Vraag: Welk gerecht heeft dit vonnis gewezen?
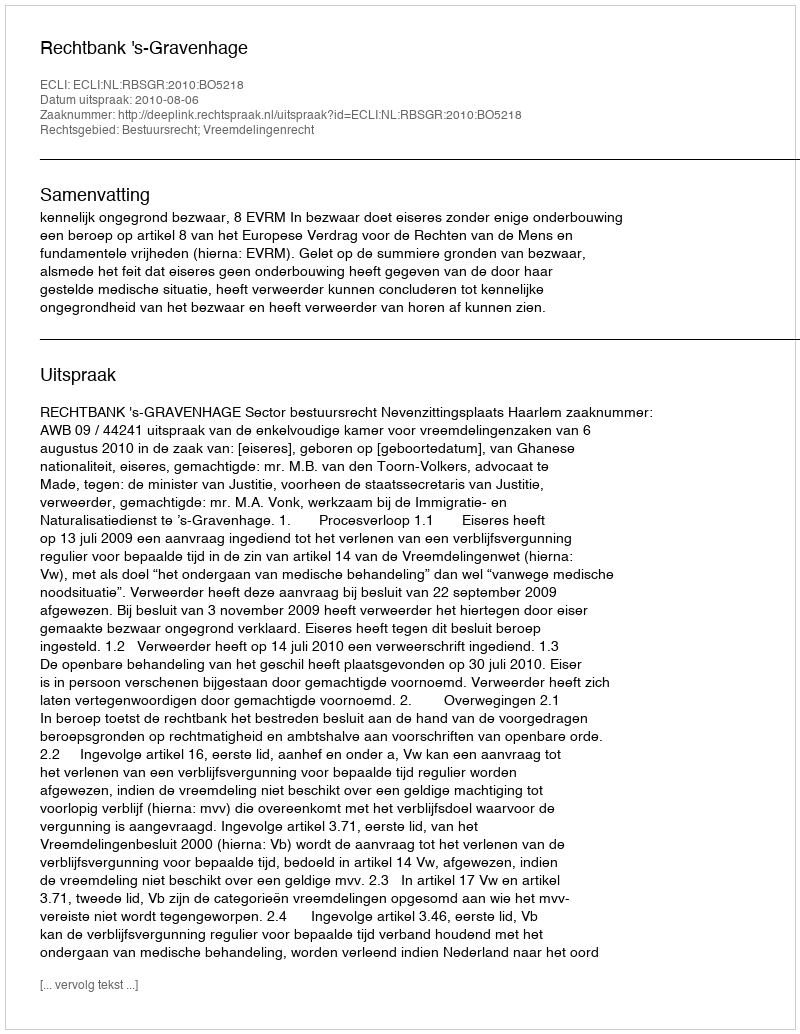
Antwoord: Rechtbank 's-Gravenhage